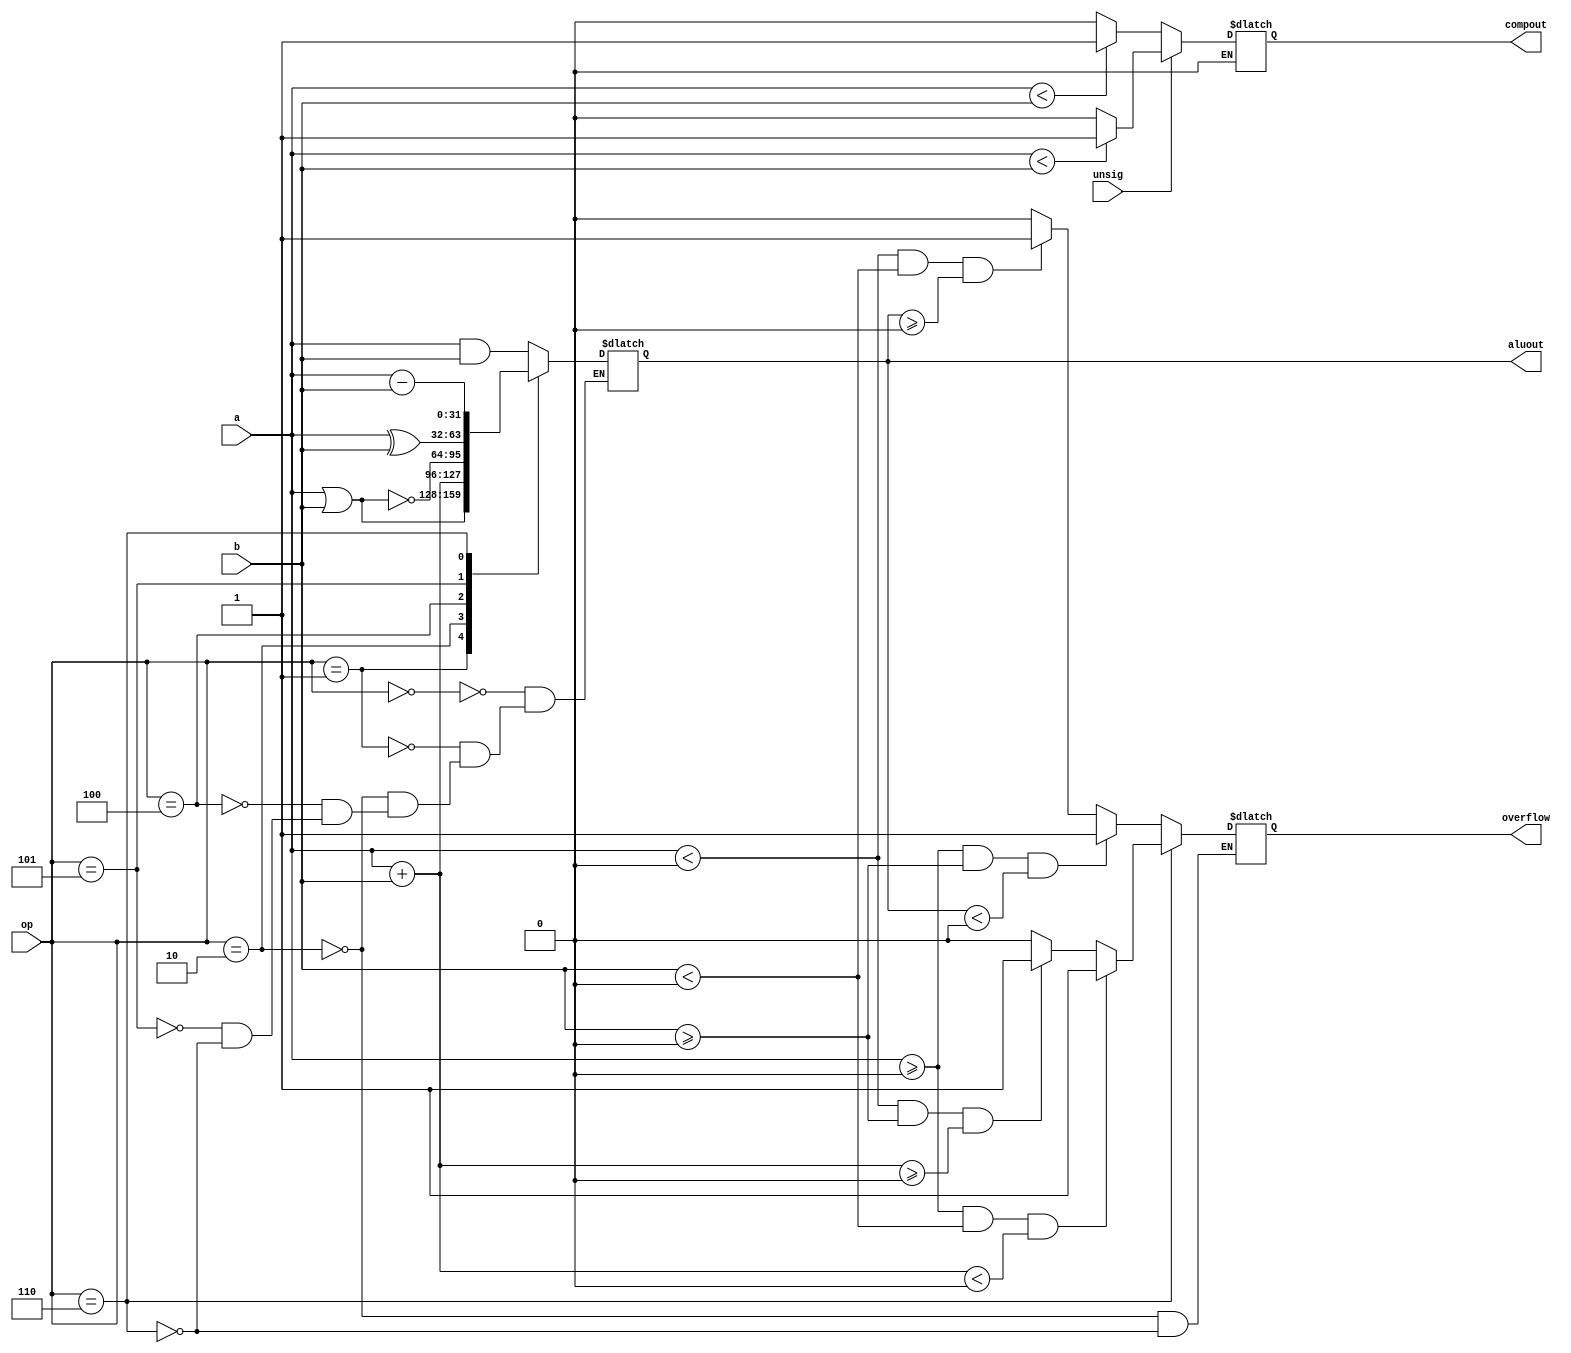
module Alu (
	input 	[31:0]		a,
	input 	[31:0]	 	b,
	output 	[31:0]		aluout,
	input 	[2:0]		op,
	input 			unsig,
	output 			compout,
	output 			overflow
);

	reg compout;
	reg overflow;
	reg [31:0] aluout;

	always @(op or a or b or unsig)
	begin
		case (op)
			3'b000	: aluout <= a&b;
			3'b001	: aluout <= a|b;
			3'b010	: begin
						aluout <= ($signed(a)+$signed(b));
						if (($signed(a)>=0)&&($signed(b)>=0)&&($signed(aluout)<0))
						begin
							overflow <= 1;
						end						
						else
						begin
							if (($signed(a)<0)&&($signed(b)<0)&&($signed(aluout)>=0))
							begin							
								overflow <= 1;
							end
							else
							begin
								overflow <= 0;
							end
						end
					end
			3'b100	: aluout <= ~(a|b);
			3'b101	: aluout <= a^b;
			3'b110	: begin
						aluout <= ($signed(a)-$signed(b));
						if (($signed(a)>=0)&&($signed(b)<0)&&($signed($signed(a)+$signed(b))<0))
						begin
							overflow <= 1;
						end						
						else
						begin
							if (($signed(a)<0)&&($signed(b)>=0)&&($signed($signed(a)+$signed(b))>=0))
							begin							
								overflow <= 1;
							end
							else
							begin
								overflow <= 0;
							end
						end
					end
			default	: aluout <= aluout; //tratar exceção 
		endcase
		if (unsig == 0)
		begin
			if (a<b)
			begin
				compout <= 1;
			end
			else
			begin
				compout <= 0;
			end
		end
		if (unsig == 1)
		begin
			if ($signed(a)<$signed(b))
			begin
				compout <= 1;
			end
			else
			begin
				compout <= 0;
			end
		end
	end
endmodule